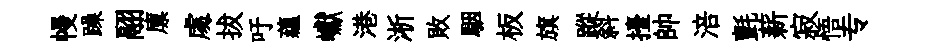
幔躁翮廪䖏拔吁藴巘港淅敗駰板旗蹤斜擡帥涪氈薪寂悟专